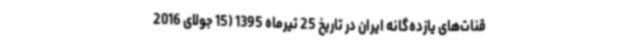
قنات‌های یازده‌گانه ایران در تاریخ 25 تیرماه 1395 (15 جولای 2016